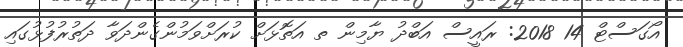
އޯގަސްޓް 14 2018: ރައީސް އަބްދު ޔާމިން ތ އަތޮޅަށް ކުރަށްވަމުންގެންދަވާ ދަތުރުފުޅުގައި